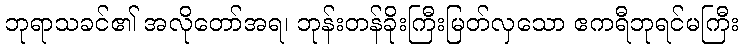
ဘုရာသခင်၏ အလိုတော်အရ၊ ဘုန်းတန်ခိုးကြီးမြတ်လှသော ဧကရီဘုရင်မကြီး